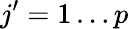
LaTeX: j^{\prime}=1\ldots p